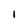
Character: 1